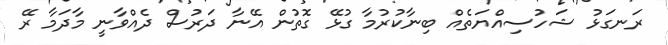
ރަނގަޅު ޝަހުސިއްޔަތެއް ބިނާކުރުމާ ގުޅޭ ގޮތުން އޭނާ ދަރުސް ދެއްވާނީ މާދަމާ ރޭ